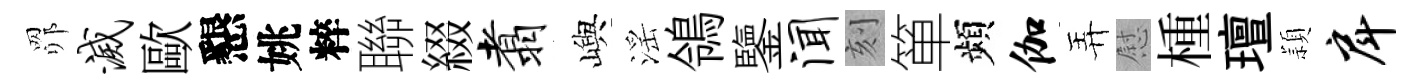
𦊑灭歐懇姚粹聯綴翥嶼滛鴒鑒闻刻箪頻伽弄慰㮔璮頴戽